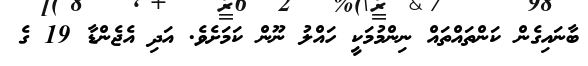
ބާނައިގެން ކަންތައްތައް ނިންމުމަކީ ހައްލު ނޫން ކަމަށެވެ. އަދި އެޖެންޑާ 19 ގެ